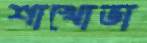
শাখোভা